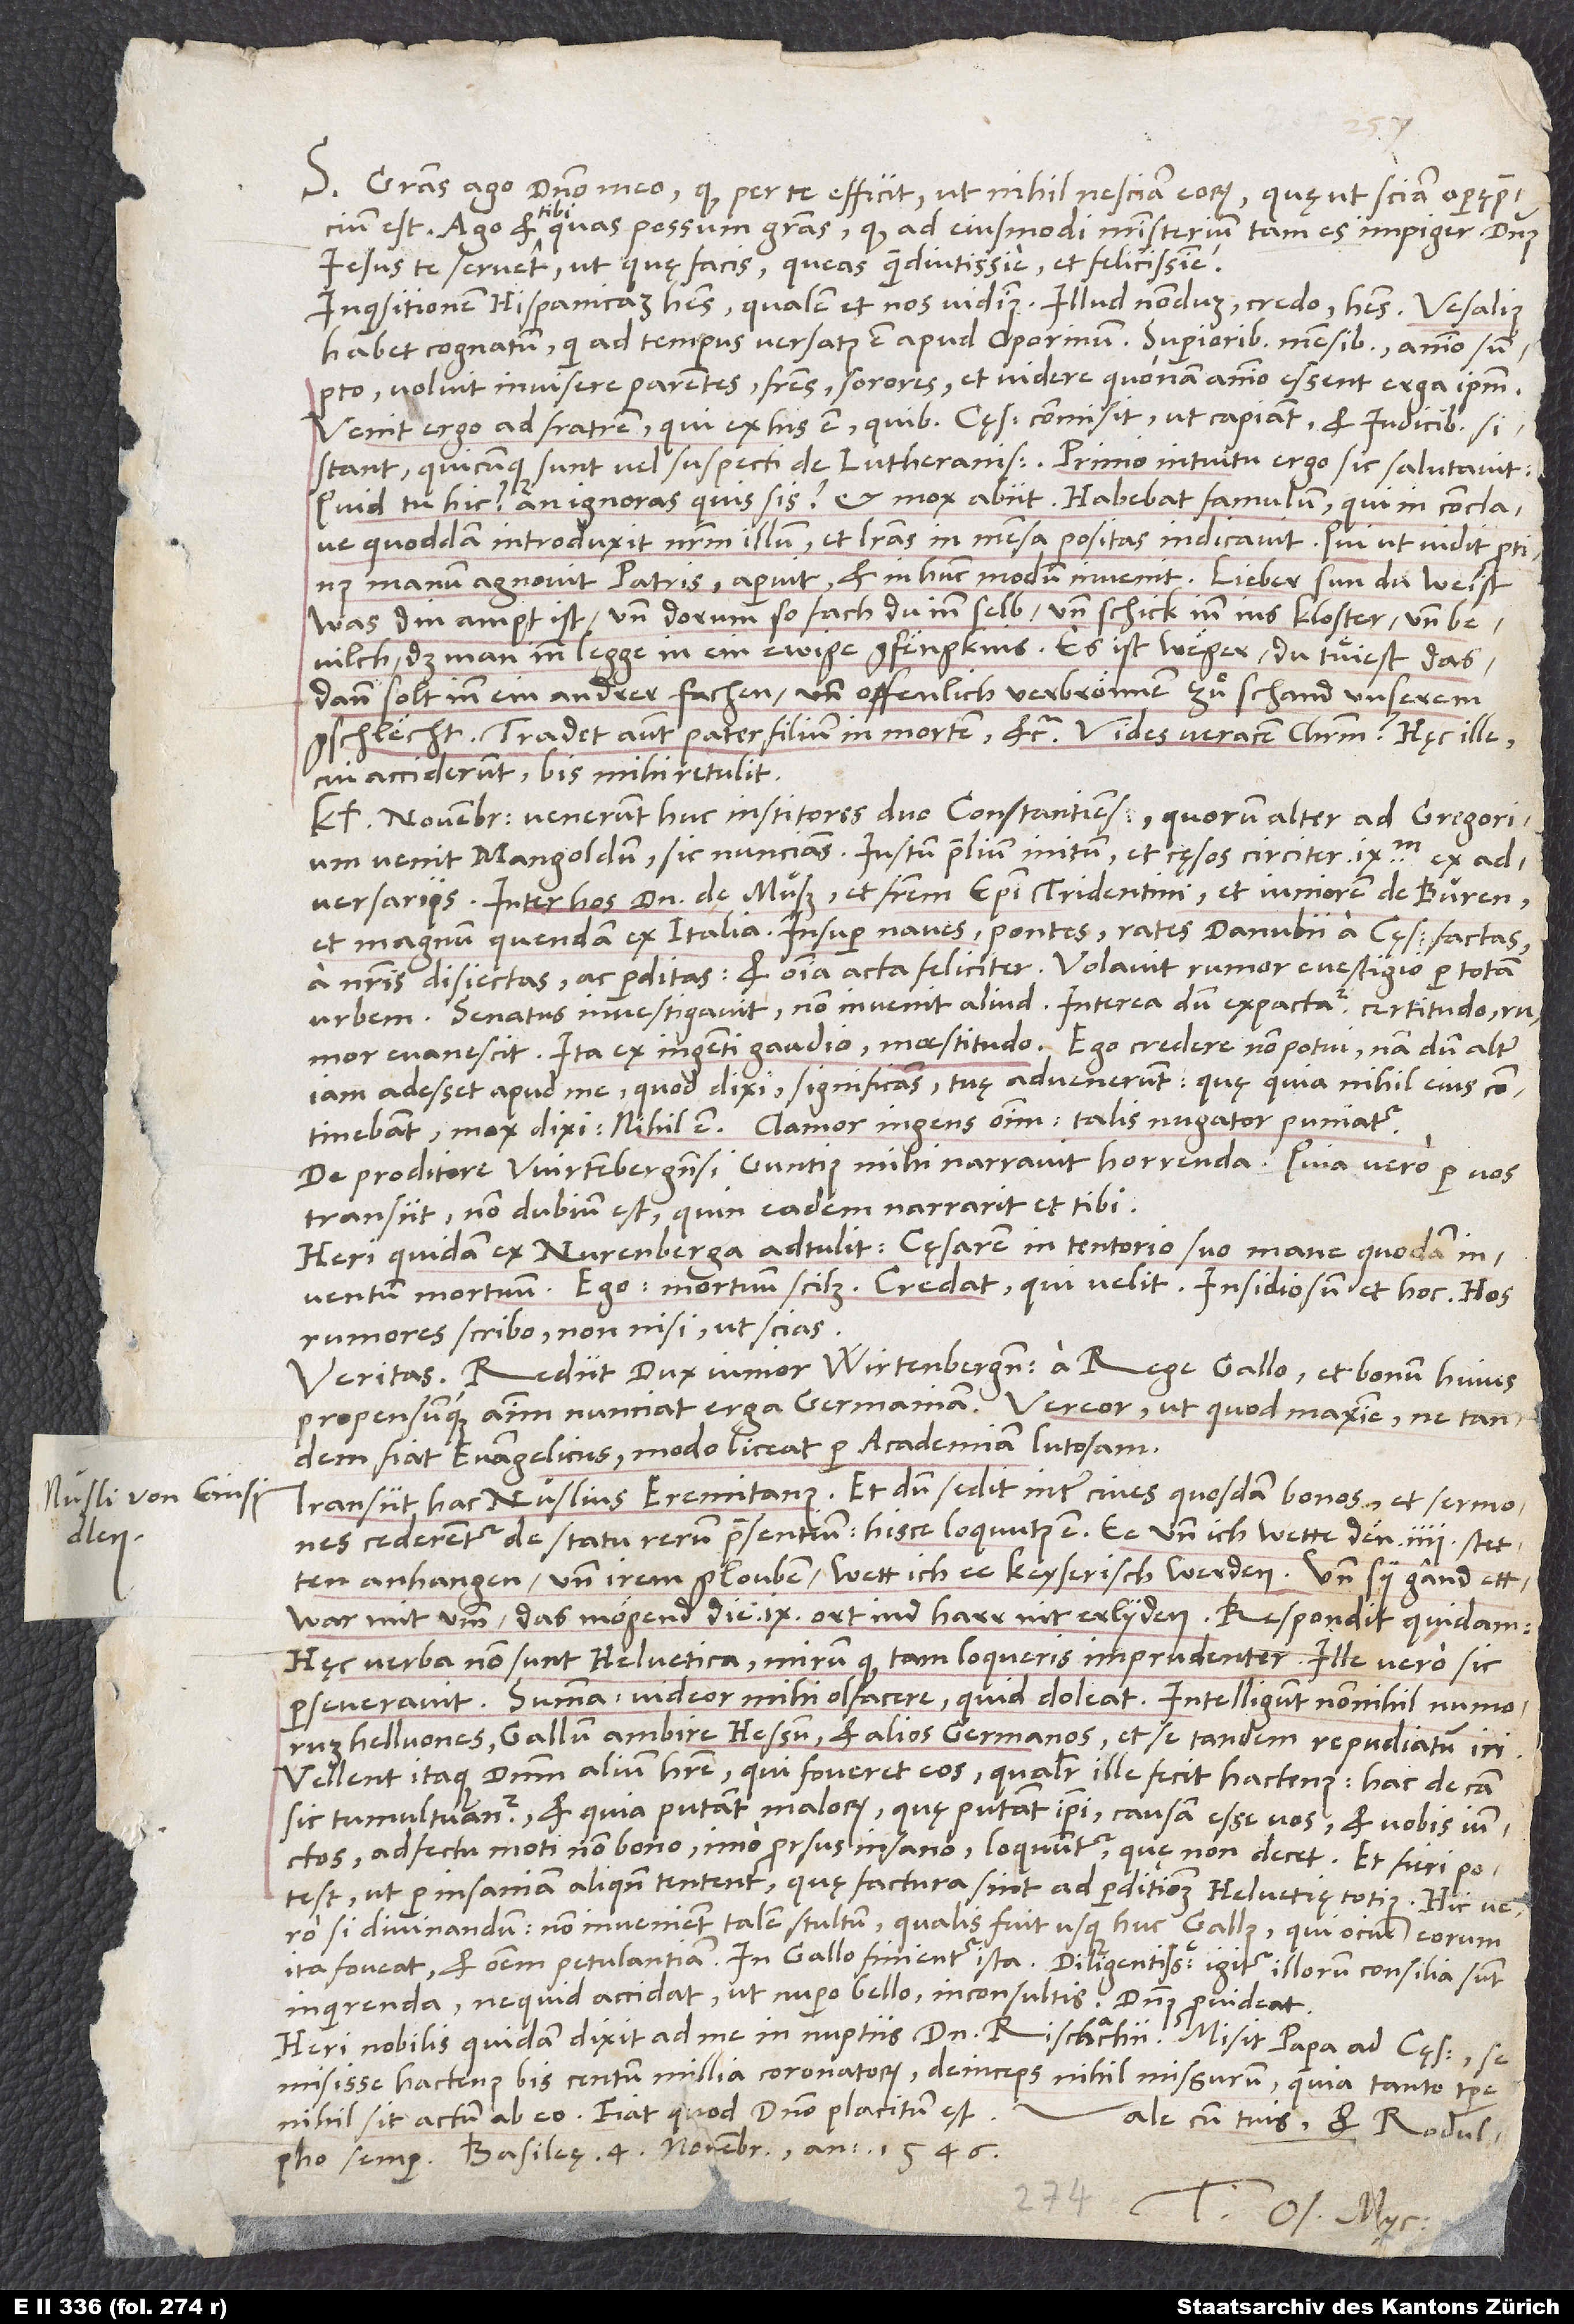
S. Gratias ago domino meo, qui per te efficit, ut nihil nesciam eorum, quę, ut sciam, operę precium
est. Ago et tibi, quas possum, gratias, quod ad eiusmodi ministerium tam es impiger! Dominus
Iesus te servet, ut, quę facis, queas quam diutissime et felicissime.
habet cognatum, qui ad tempus versatus est apud Oporinum. Superioribus mensibus animo sumpto
voluit invisere parentes, fratres, sorores et videre, quonam animo essent erga ipsum.
Venit ergo ad fratrem, qui ex his est, quibus cęsar commisit, ut capiant et iudicibus
sistant, quicunque sunt vel suspecti de Lutheranismo. Primo intuitu ergo sic salutavit:
„Quid tu hic? An ignoras, quis sis?“ et mox abiit. Habebat famulum, qui in conclave
quoddam introduxit nostrum illum et literas in mensa positas indicavit. Qui, ut vidit, protinus
manum agnovit patris, aperuit et in hunc modum invenit: „Lieber sun, du weist,
was din ampt ist, und dorum, so fach du inn selb und schick inn ins kloster, und
bevilch, das man inn legge in ein ewige gfengknis. Es ist weger, du tuͤiest das,
dann solt inn ein andrer fachen und offenlich verbroͤnnen zuͦ schand unserem
gschlecht.“ Tradet autem pater filium in mortem, etc. Vides veracem Christum! Hęc ille,
cui acciderunt, bis mihi retulit.
novembris venerunt huc institores duo Constantienses, quorum alter ad Gregorium
venit Mangoldum sic nuncians: Iustum prelium initum et cęsos circiter 9’000 ex
adversariis, inter hos dominum de Muß et fratrem episcopi Tridentini et iuniorem de Buren
et magnum quendam ex Italia. Insuper naves, pontes, rates Danubii a cęsarianis factas
a nostris disiectas ac perditas, et omnia acta feliciter. Volavit rumor e vestigio per totam
urbem. Senatus investigavit, non invenit aliud. Interea dum expectatur certitudo, rumor
evanescit. Ita ex ingenti gaudio moestitudo! Ego credere non potui, nam dum alter
iam adesset apud me, quod dixi, significans, tuę advenerunt, quę, quia nihil eius
continebant, mox dixi: „Nihil est!“ Clamor ingens omnium: „Talis nugator puniatur!“
De proditore Wirtembergensi Guntius mihi narravit horrenda. Quia vero per vos
transiit, non dubium est, quin eadem narrarit et tibi.
Heri quidam ex Nurenberga adtulit cęsarem in tentorio suo mane quodam
inventum mortuum. Ego: Mortuum scilicet! Credat, qui velit! Insidiosum et hoc! Hos
rumores scribo nonnisi, ut scias.
Veritas: Rediit dux iunior Wirtenbergensis a rege Gallo et bonum huius
propensumque animum nunciat erga Germaniam. Vereor ut quod maxime, ne tandem
fiat evangelicus, modo liceat per academiam lutosam.
Transiit hac Nuslius Eremitanus. Et, dum sedit inter cives quosdam bonos et sermones
cederentur de statu rerum praesentium, hisce loquutus est: „Ee und ich wette den 4 stetten
anhangen und irem glouben, wett ich ee keyserisch werden! Und sy gand ettwar
mit umb; das moͤgend die 9 Ort ind harr nitt erlyden.“ Respondit quidam:
„Hęc verba non sunt Helvetica! Mirum, quod tam loqueris imprudenter!“ Ille vero sic
perseveravit. Summa: Videor mihi olfacere, quid doleat. Intelligunt nonnihil numorum
helluones Gallum ambire Hessum et alios Germanos, et se tandem repudiatum iri.
Vellent itaque dominum alium habere, qui foveret eos, qualiter ille fecit hactenus. Hac de causa
sic tumultuantur, et quia putant malorum, quę putant ipsi, causam esse vos et vobis iunctos.
Adfectu moti non bono, imo prorsus insano, loquuntur, quę non decet. Et fieri potest,
ut per insaniam aliquando tentent, quę factura sint ad perditionem Helvetię totius. Hic vero
si divinandum: Non invenient talem stultum, qualis fuit usque huc Gallus, qui ocium eorum
ita foveat et omnem petulantiam. In Gallo finientur ista! Diligentissime igitur illorum consilia sunt
inquirenda, ne quid accidat, ut nupero bello, inconsultis. Dominus provideat!
Heri nobilis quidam dixit ad me in nuptiis domini Rischachii: „Misit papa ad cęsarem: Se
misisse hactenus bis centum millia coronatorum; deinceps nihil missurum, quia tanto tempore
nihil sit actum ab eo.“ Fiat, quod domino placitum est.
Vale cum tuis et Rodulpho
semper. Basileę, 4. novembris anno 1546.
Tuus Os. Myc.